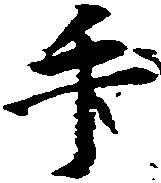
手